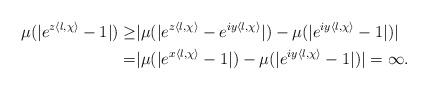
\begin{align*}\mu(|e^{z\langle l,\chi\rangle}-1|)\geq & |\mu(|e^{z\langle l,\chi\rangle}-e^{iy\langle l,\chi\rangle}|)-\mu(|e^{iy\langle l,\chi\rangle}-1|)|\\=&|\mu(|e^{x\langle l,\chi\rangle}-1|)-\mu(|e^{iy\langle l,\chi\rangle}-1|)|=\infty.\end{align*}